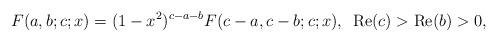
LaTeX: \begin{align*}{}F(a,b;c;x)=(1-x^2)^{c-a-b}{}F(c-a,c-b;c;x),\enspace \mbox{Re}{(c)}>\mbox{Re}{(b)}>0,\end{align*}